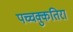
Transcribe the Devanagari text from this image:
पच्चक्कुतिरा